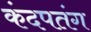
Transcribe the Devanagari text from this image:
कंदपतंग